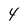
Character: 4